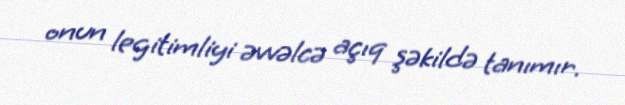
onun legitimliyi əvvəlcə açıq şəkildə tanımır.